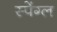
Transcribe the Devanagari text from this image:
स्पेंग्ल